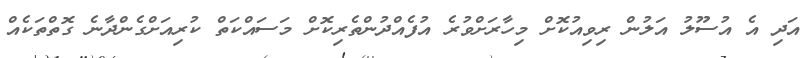
އަދި އެ އުސޫލު އަލުން ރިވިއުކޮށް މިހާރަށްވުރެ އުފެއްދުންތެރިކޮށް މަސައްކަތް ކުރިއަށްގެންދާނެ ގޮތްތަކެއް